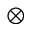
\otimes